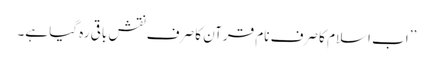
’’اب اسلام کا صرف نام قرآن کا صرف نقش باقی رہ گیا ہے۔